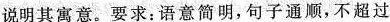
说明其寓意。要求：语意简明，句子通顺，不超过